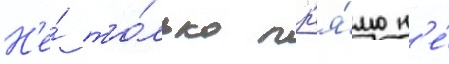
Н'е́ то́лько пр'я́мо н'е́